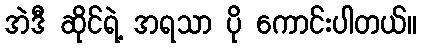
အဲဒီ ဆိုင်ရဲ့ အရသာ ပို ကောင်းပါတယ်။